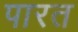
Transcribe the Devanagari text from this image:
पारत